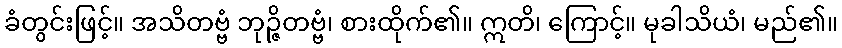
ခံတွင်းဖြင့်။ အသိတဗ္ဗံ ဘုဉ္ဇိတဗ္ဗံ၊ စားထိုက်၏။ ဣတိ၊ ကြောင့်။ မုခါသိယံ၊ မည်၏။